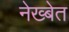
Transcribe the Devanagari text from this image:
नेख्बेत